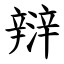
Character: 㵷